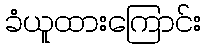
ခံယူထားကြောင်း